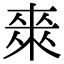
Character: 𭫈